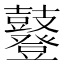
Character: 鼟